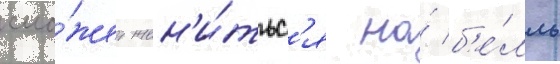
смо́жет жен'и́тьс'я на́ б'е́лль